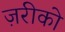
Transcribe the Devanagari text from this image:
ज़रीको